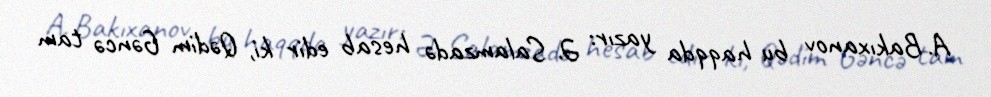
A. Bakıxanov bu haqqda yazır: Ə. Salamzadə hesab edir ki, Qədim Gəncə tam